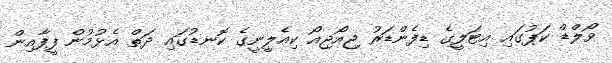
ވޯލްޑް ކަޕުގައި އިޓަލީގެ ޑިފެންޑަރު ޖިއޯޖިއޯ ކިއެލީނީގެ ކޮނޑުގައި ދަތް އެޅުމުން ފީފާއިން